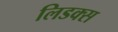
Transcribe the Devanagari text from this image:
लिडक्स